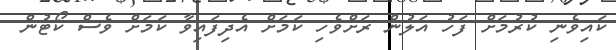
ކައިވެނި ކުރުމަށް ފަހު އަލުން ރަށްވެހި ކަމަށް އެދިފައިވާ ކަމަށް ވެސް ކޯޓުން